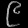
Digit: ၉